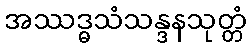
အဿဒ္ဓသံသန္ဒနသုတ္တံ